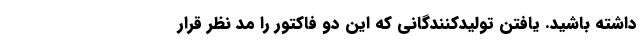
داشته باشید. یافتن تولیدکنندگانی که این دو فاکتور را مد نظر قرار